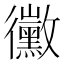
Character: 黴